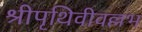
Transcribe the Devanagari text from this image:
श्रीपृथिवीवल्लभ